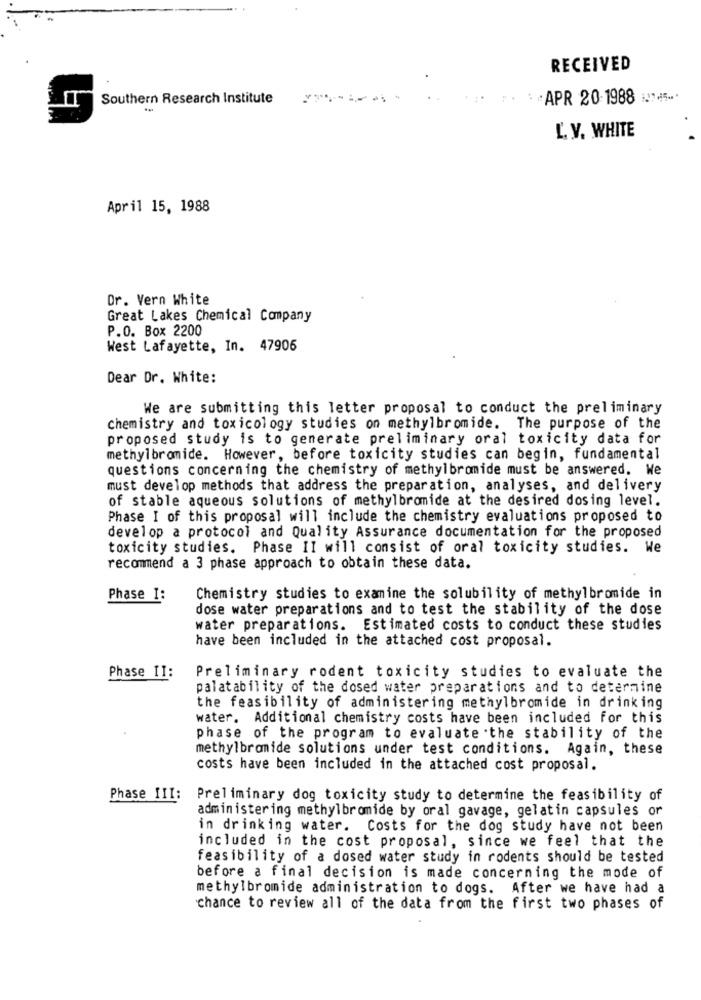
RECEIVED
Southern Research Institute
-------
:: : APR 20-1988 1.745 ..
L. V. WHITE
April 15, 1988
Dr. Vern White
Great Lakes Chemical Company
P.O. Box 2200
West Lafayette, In. 47906
Dear Dr. White:
We are submitting this letter proposal to conduct the preliminary
chemistry and toxicology studies on methylbromide. The purpose of the
proposed study is to generate preliminary oral toxicity data for
methylbromide. However, before toxicity studies can begin, fundamental
questions concerning the chemistry of methylbromide must be answered. We
must develop methods that address the preparation, analyses, and delivery
of stable aqueous solutions of methylbromide at the desired dosing level.
Phase I of this proposal will include the chemistry evaluations proposed to
develop a protocol and Quality Assurance documentation for the proposed
toxicity studies. Phase II will consist of oral toxicity studies. We
recommend a 3 phase approach to obtain these data.
Phase I:
Chemistry studies to examine the solubility of methylbromide in
dose water preparations and to test the stability of the dose
water preparations. Estimated costs to conduct these studies
have been included in the attached cost proposal.
Phase II:
Preliminary rodent toxicity studies to evaluate the
palatability of the dosed water preparations and to determine
the feasibility of administering methylbromide in drinking
water. Additional chemistry costs have been included for this
phase of the program to evaluate the stability of the
methylbranide solutions under test conditions. Again, these
costs have been included in the attached cost proposal.
Phase III:
Preliminary dog toxicity study to determine the feasibility of
administering methylbromide by oral gavage, gelatin capsules or
in drinking water. Costs for the dog study have not been
included in the cost proposal, since we feel that the
feasibility of a dosed water study in rodents should be tested
before a final decision is made concerning the mode of
methylbromide administration to dogs. After we have had a
chance to review all of the data from the first two phases of